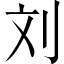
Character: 刘